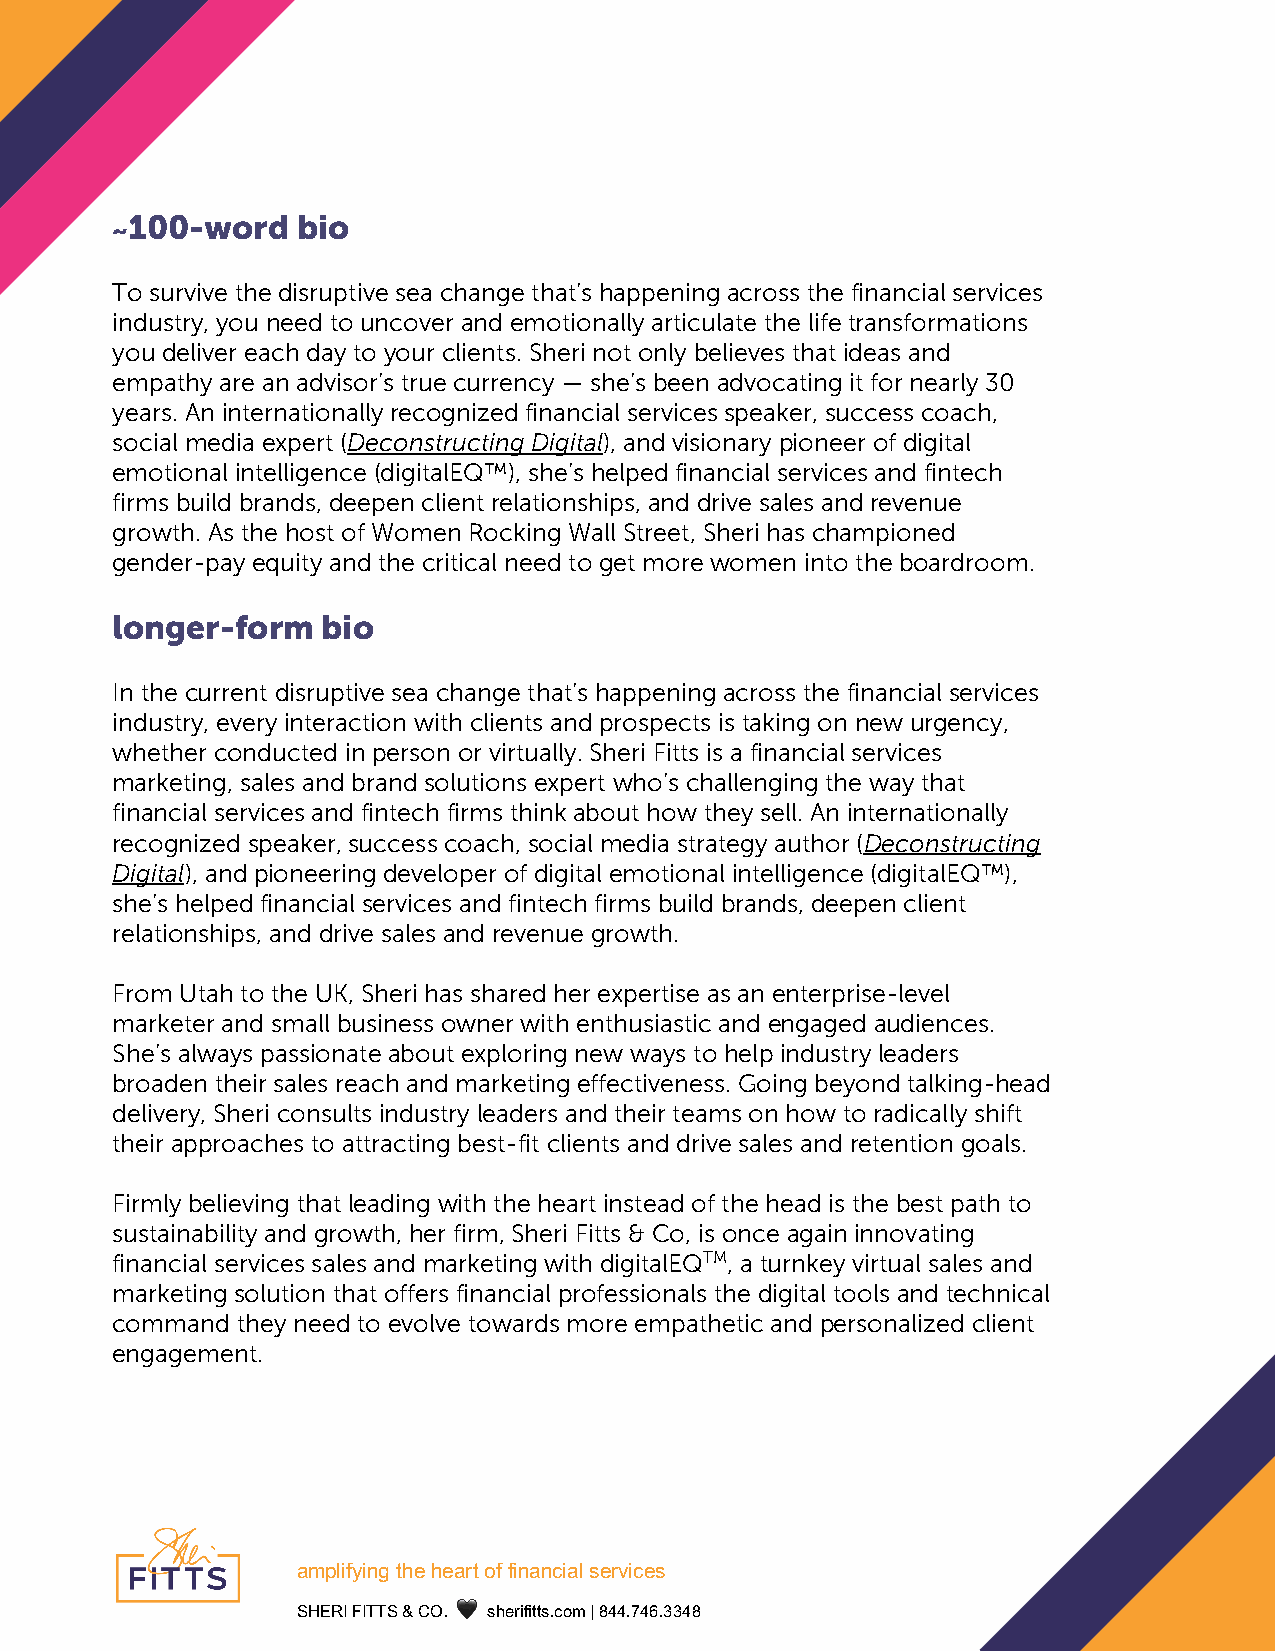
100-word    bio
 ~
 To survive the disruptive sea change that’s happening across the financial services
 industry, you need to uncover and emotionally articulate the life transformations
 you deliver each day to your clients. Sheri not only believes that ideas and
 empathy are an advisor’s true currency — she’s been advocating it for nearly 30
 years. An internationally recognized financial services speaker, success coach,
 social media expert (Deconstructing Digital), and visionary pioneer of digital
 emotional intelligence (digitalEQ™), she’s helped financial services and fintech
 firms build brands, deepen client relationships, and drive sales and revenue
 growth. As the host of Women Rocking Wall Street, Sheri has championed
 gender-pay equity and the critical need to get more women into the boardroom.
 longer-form   bio
 In the current disruptive sea change that’s happening across the financial services
 industry, every interaction with clients and prospects is taking on new urgency,
 whether conducted in person or virtually. Sheri Fitts is a financial services
 marketing, sales and brand solutions expert who’s challenging the way that
 financial services and fintech firms think about how they sell. An internationally
 recognized speaker, success coach, social media strategy author (Deconstructing
 Digital), and pioneering developer of digital emotional intelligence (digitalEQ™),
 she’s helped financial services and fintech firms build brands, deepen client
 relationships, and drive sales and revenue growth.
 From Utah to the UK, Sheri has shared her expertise as an enterprise-level
 marketer and small business owner with enthusiastic and engaged audiences.
 She’s always passionate about exploring new ways to help industry leaders
 broaden their sales reach and marketing effectiveness. Going beyond talking-head
 delivery, Sheri consults industry leaders and their teams on how to radically shift
 their approaches to attracting best-fit clients and drive sales and retention goals.
 Firmly believing that leading with the heart instead of the head is the best path to
 sustainability and growth, her firm, Sheri Fitts & Co, is once again innovating
 financial services sales and marketing with digitalEQTM, a turnkey virtual sales and
 marketing solution that offers financial professionals the digital tools and technical
 command  they need to evolve towards more empathetic and personalized client
 engagement.
 !
 !"#$%&’%()*+,-*,-!.+*/&*&%(!(0%!$*1-.2%0-1* !
 !"#$%&’%((!&)&*+,&&🖤&&-./012133-,456&7&899,:9;,<<98&